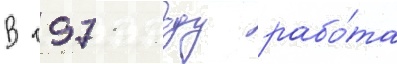
В 1971 году рабо́та